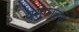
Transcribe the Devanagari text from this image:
युसेफालस